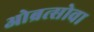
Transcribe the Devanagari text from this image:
ओब्रत्सोवा